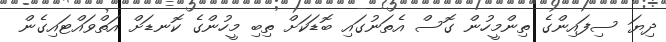
ދިޔަ ސިފައިންގެ ތިންމީހުން ގޮސް އެތަނުގައި ބޮޑަކަށް ތިބި މީހުންގެ ކޮނޑަށް އަތްވައްޓައިގެން